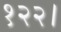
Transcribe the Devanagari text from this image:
१२२।